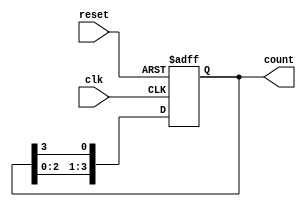
module ring_counter (
    input wire clk,          // Clock signal
    input wire reset,        // Asynchronous reset signal
    output reg [3:0] count   // 4-bit output for the Ring Counter
);

// Initialization of the Ring Counter
always @(posedge clk or posedge reset) begin
    if (reset) begin
        count <= 4'b1000; // Initialize to 1000
    end else begin
        // Shift the '1' through the ring
        count <= {count[2:0], count[3]}; // Circular shift
    end
end

endmodule